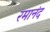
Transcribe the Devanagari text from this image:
रमानंद